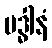
ဗဒ္ဓါနံ